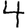
Digit: 4